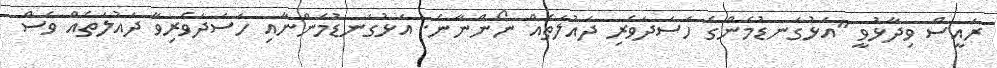
ރައީސް ވިދާޅުވީ "އަޅުގަނޑުމެންގެ ހަސަދަވެރި ދައުލަތެއް ނޯންނާނެ. އަޅުގަނޑުމެންނާއި ހަސަދަވެރިވާ ދައުލަތެއް ވެސް